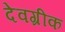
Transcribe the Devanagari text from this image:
देवग्रीक